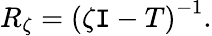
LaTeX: R_{\zeta}=\left(\zeta\mathtt{I}-T\right)^{-1}.